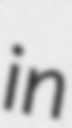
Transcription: in